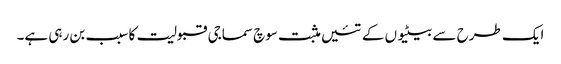
ایک طرح سے بیٹیوں کے تئیں مثبت سوچ سماجی قبولیت کا سبب بن رہی ہے۔